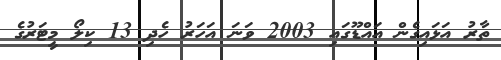
ތާރު އަޅައިގެން އައްޑޫގައި 2003 ވަނަ އަހަރު ހެދި 13 ކިލޯ މީޓަރުގެ